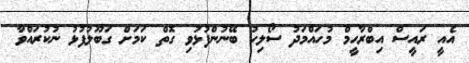
އެއީ ރައީސް އިބްރާހީމް މުހައްމަދު ސޯލިހު ބޭނުންފުޅުވި ގޮތް ކަމަށް ގަބޫލުފުޅު ނުކުރައްވާ